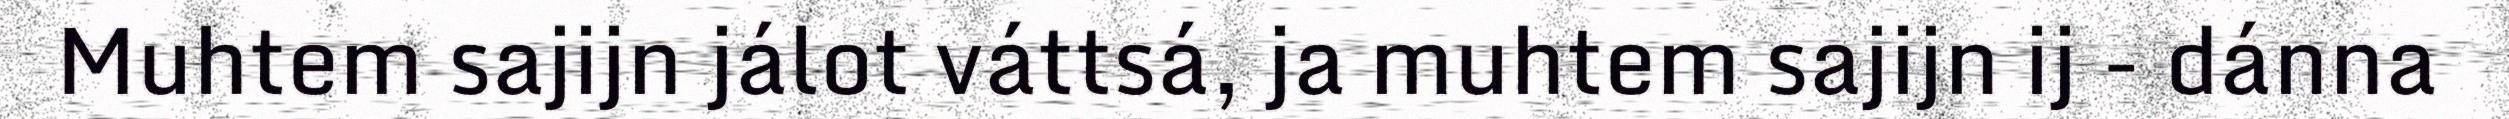
Muhtem sajijn jálot váttsá, ja muhtem sajijn ij - dánna